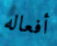
أفعاله